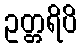
ဥတ္တရိပိ